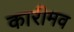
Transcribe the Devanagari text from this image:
कारीमव